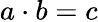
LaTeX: a\cdot b=c